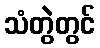
သံတွဲတွင်